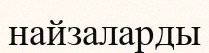
найзаларды